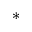
^ { * }